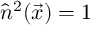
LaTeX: \hat { n } ^ { 2 } ( \vec { x } ) = 1